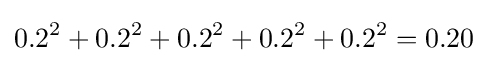
0.2^{2}+0.2^{2}+0.2^{2}+0.2^{2}+0.2^{2}=0.20